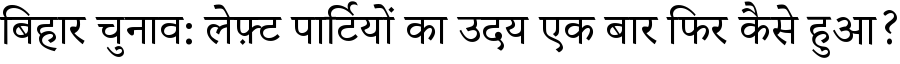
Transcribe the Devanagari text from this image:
बिहार चुनाव: लेफ़्ट पार्टियों का उदय एक बार फिर कैसे हुआ?